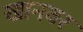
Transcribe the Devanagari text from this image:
खानवर